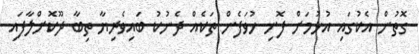
ގޮތުން އެކުގައި އުޅުމަށް ފޮނި ހުވަފެން ތަކެއް ދެނުކު ބައިވެރިޔާ ތިބާ ދޫކޮށްލާފައި